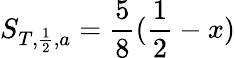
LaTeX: S_{T,\frac{1}{2},a}=\frac{5}{8}(\frac{1}{2}-x)